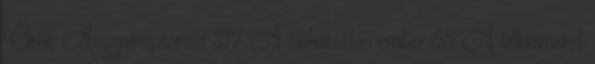
Örök Angyalnaptáram 377 A láthatatlan ember 65 A lelkiismeret